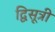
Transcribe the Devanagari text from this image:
द्विसूत्री